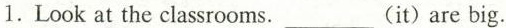
1.Look at the classrooms.___(it) are big.